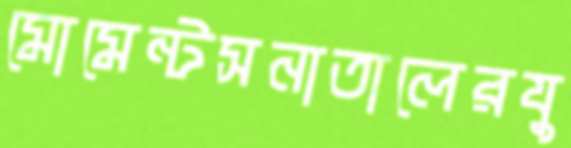
মোমেন্টসনাতালেরযু